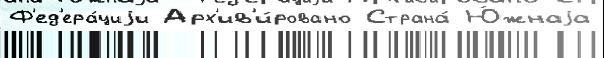
Ф'ед'ера́циjи Арх'ив'и́ровано Страна́ Ю́жнаjа